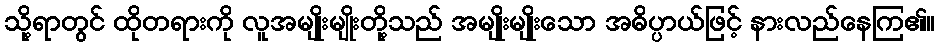
သို့ရာတွင် ထိုတရားကို လူအမျိုးမျိုးတို့သည် အမျိုးမျိုးသော အဓိပ္ပာယ်ဖြင့် နားလည်နေကြ၏။